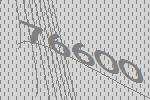
76600